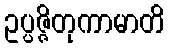
ဥပ္ပဇ္ဇိတုကာမာတိ